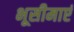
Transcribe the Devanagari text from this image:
भूसीमाएं